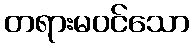
တရားမဝင်သော